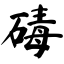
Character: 碡